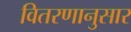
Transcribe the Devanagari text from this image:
वितरणानुसार